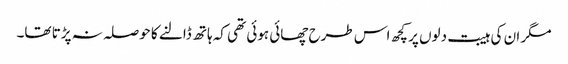
مگر ان کی ہیبت دلوں پر کچھ اس طرح چھائی ہوئی تھی کہ ہاتھ ڈالنے کا حوصلہ نہ پڑتا تھا۔